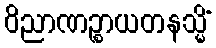
ဝိညာဏဉ္စာယတနသ္မိံ